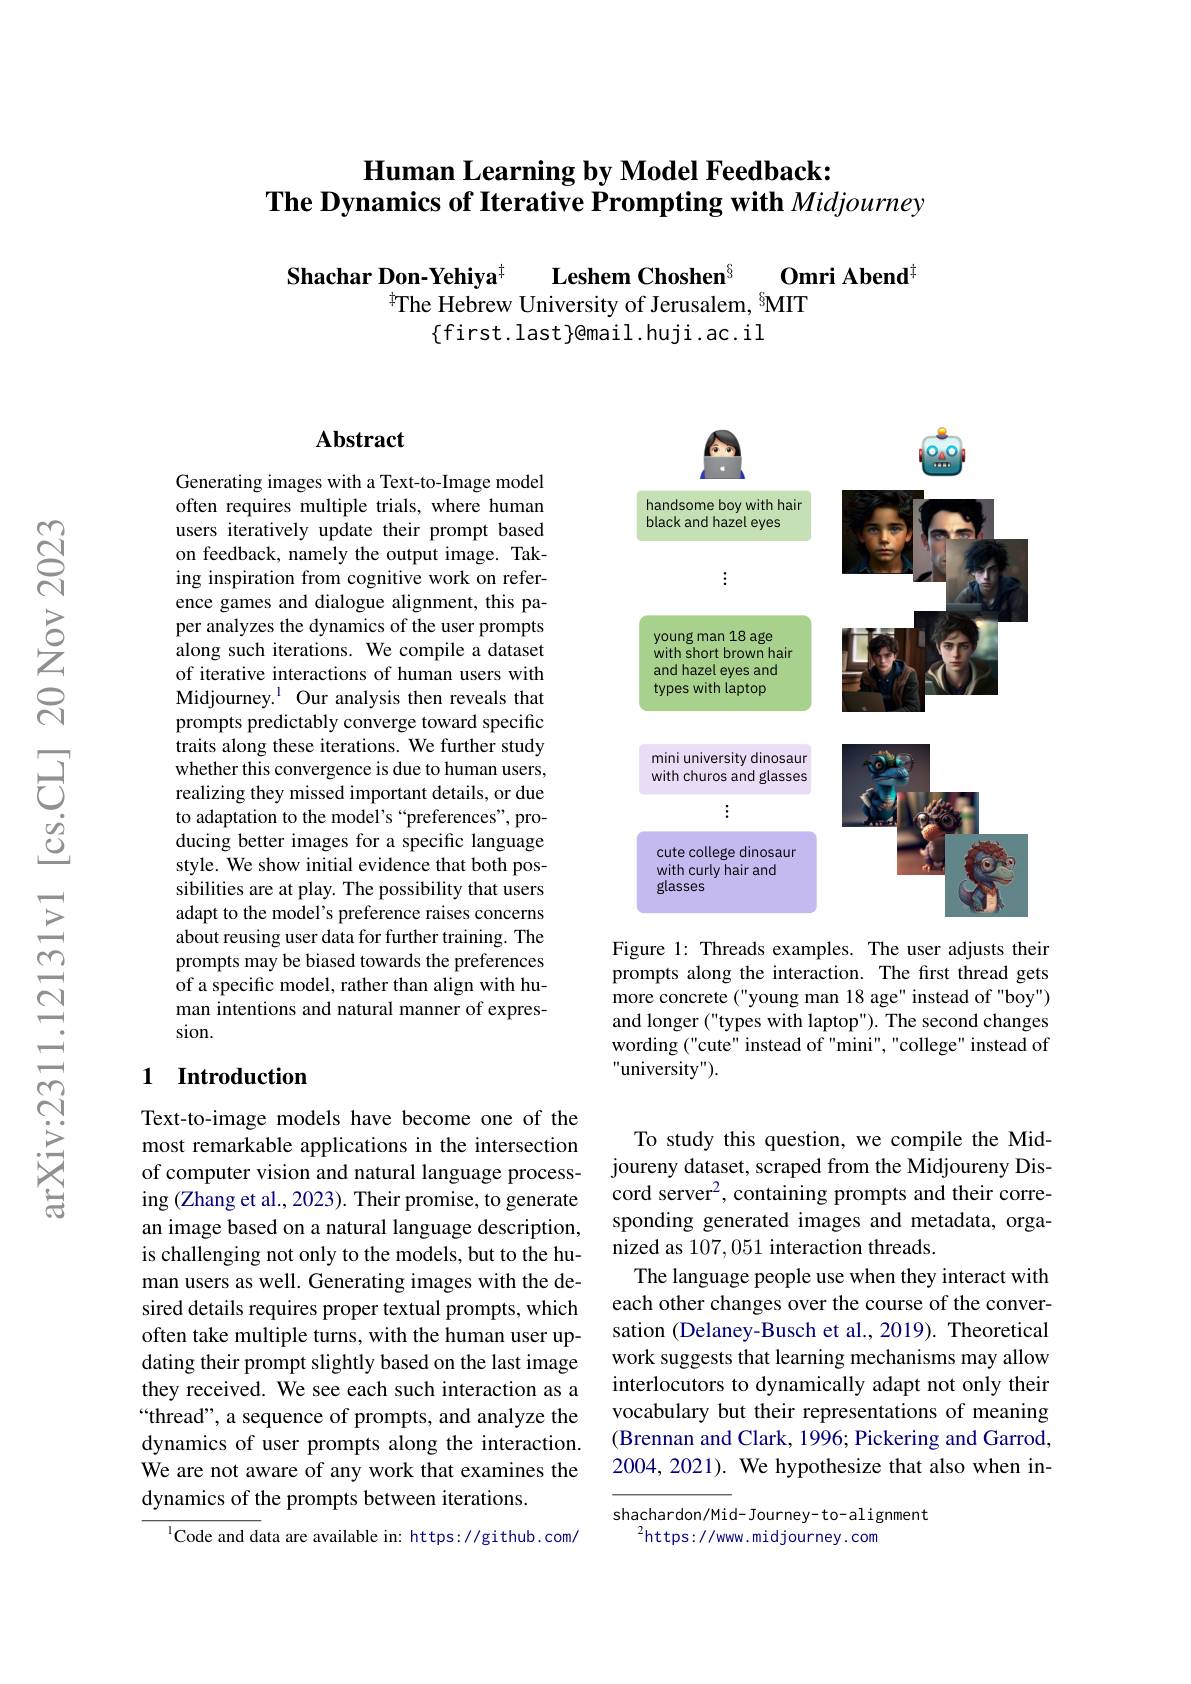
# Human Learning by Model Feedback: The Dynamics of Iterative Prompting with Midjourney

Shachar Don-Yehiya$^{\dagger}$
Omri Abend$^{\dagger}$
$\textbf{Leshem Choshen}^{8}$
$^{\dagger}$The Hebrew University of Jerusalem, $^{6}$MIT
$\{$first.last}email.huji.ac.il

## Abstract

Generating images with a Text-to-Image model often requires multiple trials, where human users iteratively update their prompt based on feedback, namely the output image. Taking inspiration from cognitive work on reference games and dialogue alignment, this paper analyzes the dynamics of the user prompts along such iterations. We compile a dataset of iterative interactions of human users with Midjourney.$^{\mathrm{l}}$ Our analysis then reveals that prompts predictably converge toward specific traits along these iterations. We further study whether this convergence is due to human users, realizing they missed important details, or due to adaptation to the model's “preferences", producing better images for a specific language style. We show initial evidence that both possibilities are at play. The possibility that users adapt to the model's preference raises concerns about reusing user data for further training. The prompts may be biased towards the preferences of a specific model, rather than align with human intentions and natural manner of expression.

### 1 Introduction

Text-to-image models have become one of the most remarkable applications in the intersection of computer vision and natural language processing (Zhang et al., 2023). Their promise, to generate an image based on a natural language description, is challenging not only to the models, but to the human users as well. Generating images with the desired details requires proper textual prompts, which often take multiple turns, with the human user updating their prompt slightly based on the last image they received. We see each such interaction as a “thread”, a sequence of prompts, and analyze the dynamics of user prompts along the interaction. We are not aware of any work that examines the dynamics of the prompts between iterations.

$^{1}$Code and data are available in: https://github.com/

<FigureHere>

Figure 1: Threads examples. The user adjusts their prompts along the interaction. The first thread gets more concrete ("young man 18 age" instead of "boy") and longer ("types with laptop"). The second changes wording ("cute" instead of "mini", "college" instead of "university").

To study this question, we compile the Midjoureny dataset, scraped from the Midjoureny Discord server$^2$,containing prompts and their corresponding generated images and metadata, organized as 107,051 interaction threads.
The language people use when they interact with each other changes over the course of the conversation (Delaney-Busch et al.,2019). Theoretical work suggests that learning mechanisms may allow interlocutors to dynamically adapt not only their vocabulary but their representations of meaning (Brennan and Clark, 1996; Pickering and Garrod, 2004, 2021). We hypothesize that also when in-

shachardon/Mid- Journey- to- alignment
$^2$https://www.midjourney.com